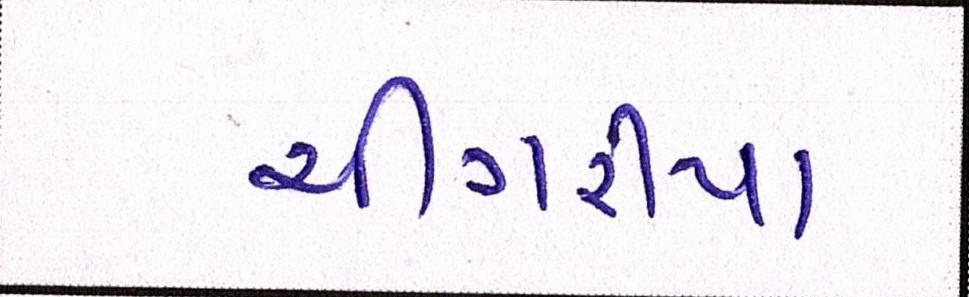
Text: ચીંગરીયા